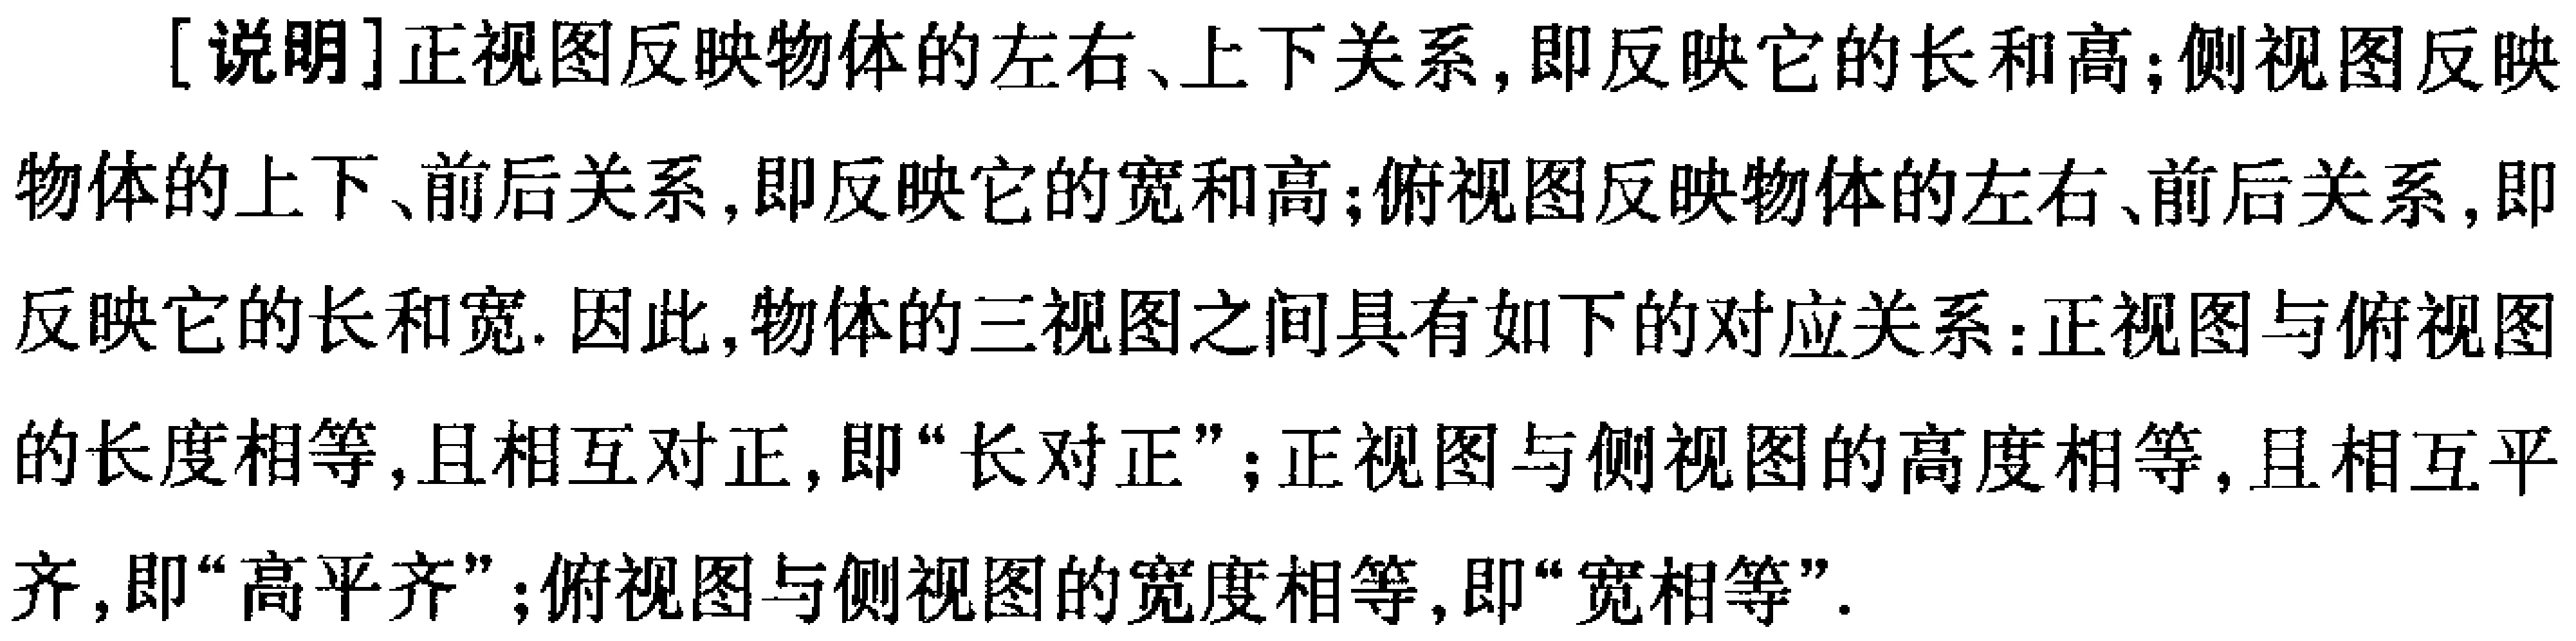
[说明]正视图反映物体的左右、上下关系, 即反映它的长和高; 侧视图反映物体的上下、前后关系, 即反映它的宽和高; 俯视图反映物体的左右、前后关系, 即反映它的长和宽. 因此, 物体的三视图之间具有如下的对应关系: 正视图与俯视图的长度相等, 且相互对正, 即“长对正”; 正视图与侧视图的高度相等, 且相互平齐, 即“高平齐”; 俯视图与侧视图的宽度相等, 即“宽相等”.